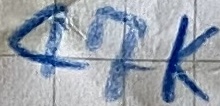
Text: 47K